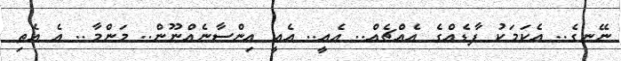
ނޭނގެ.. އެކަމަކު ފާޑެއްގެ އެއްޗެއް.. އެއީ.. އެއީ އިންސާނެއްނޫން.. މަންމާ.. އެ އެތި